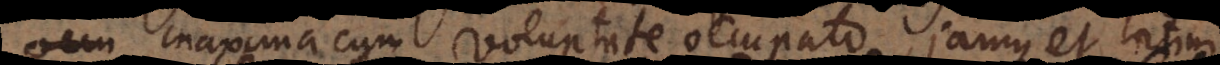
occu maxima cum voluptate occupato, jamque et latini